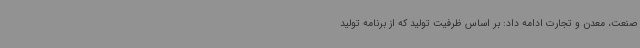
صنعت، معدن و تجارت ادامه داد: بر اساس ظرفیت تولید که از برنامه تولید